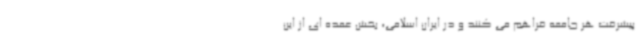
پیشرفت هر جامعه فراهم می کنند و در ایران اسلامی، بخش عمده ای از این